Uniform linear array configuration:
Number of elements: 32
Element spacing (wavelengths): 1
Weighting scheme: kaiser
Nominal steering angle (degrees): -30
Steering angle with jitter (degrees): -28.203
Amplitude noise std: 0.05
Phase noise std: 0.05

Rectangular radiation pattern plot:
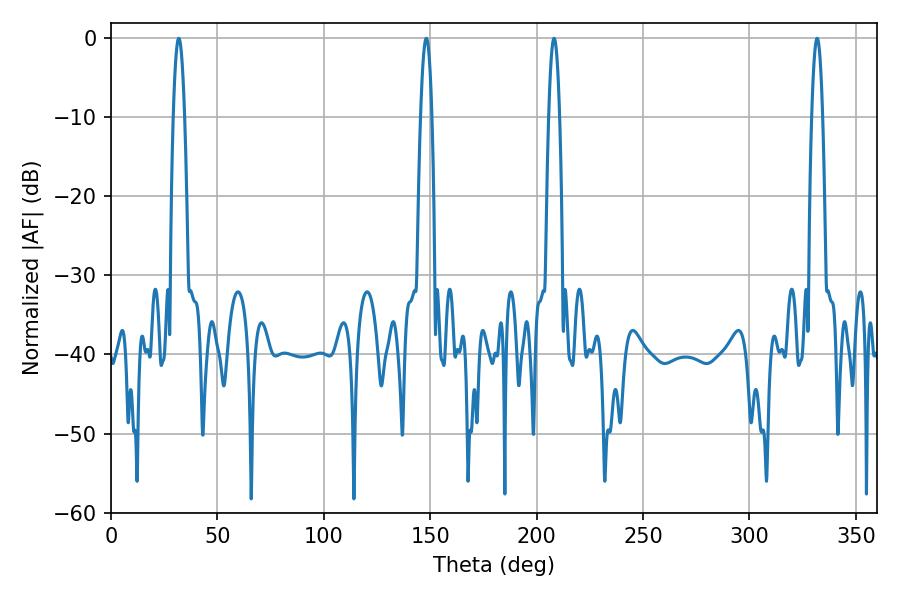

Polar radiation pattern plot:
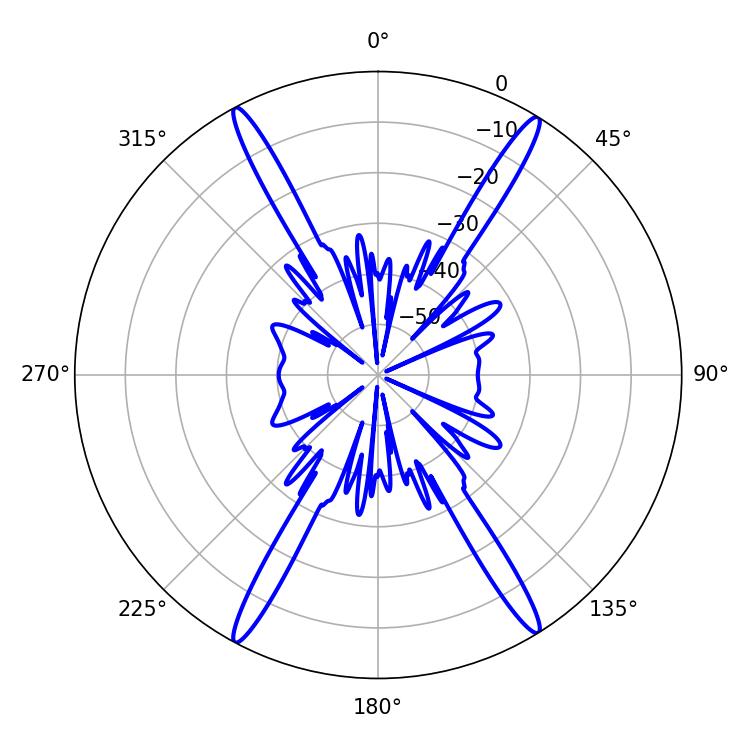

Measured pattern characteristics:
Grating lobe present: TRUE
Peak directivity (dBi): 23.854
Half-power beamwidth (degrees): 2.88
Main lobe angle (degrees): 31.86